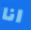
انا